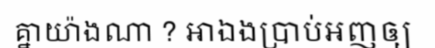
គ្នាយ៉ាងណា ? អាឯងប្រាប់អញឲ្យ